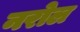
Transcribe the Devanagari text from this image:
नरोल